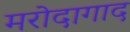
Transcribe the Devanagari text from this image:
मरोदागाद